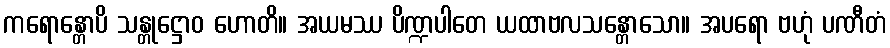
ကရောန္တောပိ သန္တုဋ္ဌောဝ ဟောတိ။ အယမဿ ပိဏ္ဍပါတေ ယထာဗလသန္တောသော။ အပရော ဗဟုံ ပဏီတံ